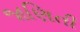
જાણિતી